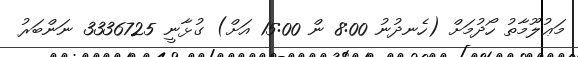
މަޢުލޫމާތު ހޯދުމަށް (ހެނދުނު 8:00 ން 15:00 އަށް) ގުޅާނީ 3336725 ނަންބަރު